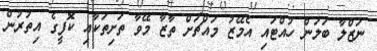
ނަޒްލާ ބަލަން ހުއްޓައި އެމޭޒު މައްޗަށް ތާޒާ މޭވާ ތަށިތަކާއި ކޮފީގެ އިތުރުން